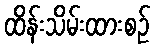
ထိန်းသိမ်းထားစဉ်